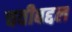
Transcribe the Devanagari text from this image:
चवीबद्दल